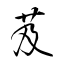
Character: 芨